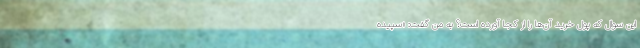
این سوال که پول خرید آن‌ها را از کجا آورده است؟ به من گفت: «سپیده